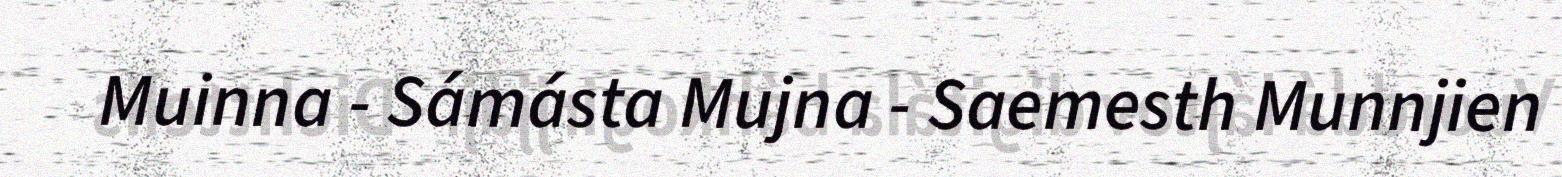
Muinna - Sámásta Mujna - Saemesth Munnjien